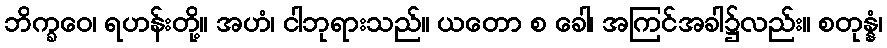
ဘိက္ခဝေ၊ ရဟန်းတို့။ အဟံ၊ ငါဘုရားသည်။ ယတော စ ခေါ၊ အကြင်အခါ၌လည်း။ စတုန္နံ၊